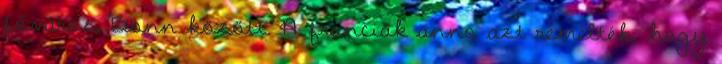
főváros, Bonn között. A franciák anno azt remélték, hogy